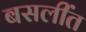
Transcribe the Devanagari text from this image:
बसलींत